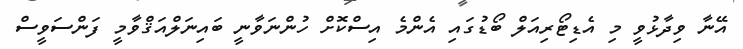
އޭނާ ވިދާޅުވީ މި އެޑިޓޯރިއަލް ބޯޑުގައި އެންމެ އިސްކޮށް ހުންނަވާނީ ބައިނަލްއަޤްވާމީ ފަންސަވީސް